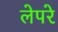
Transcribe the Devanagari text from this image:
लेपरे